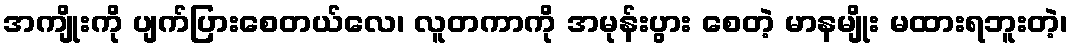
အကျိုးကို ပျက်ပြားစေတယ်လေ၊ လူတကာကို အမုန်းပွား စေတဲ့ မာနမျိုး မထားရဘူးတဲ့၊